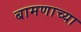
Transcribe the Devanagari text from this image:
बामणाच्या